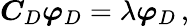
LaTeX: \boldsymbol C_{D}\boldsymbol\varphi_{D}=\lambda\boldsymbol\varphi_{D}\, ,